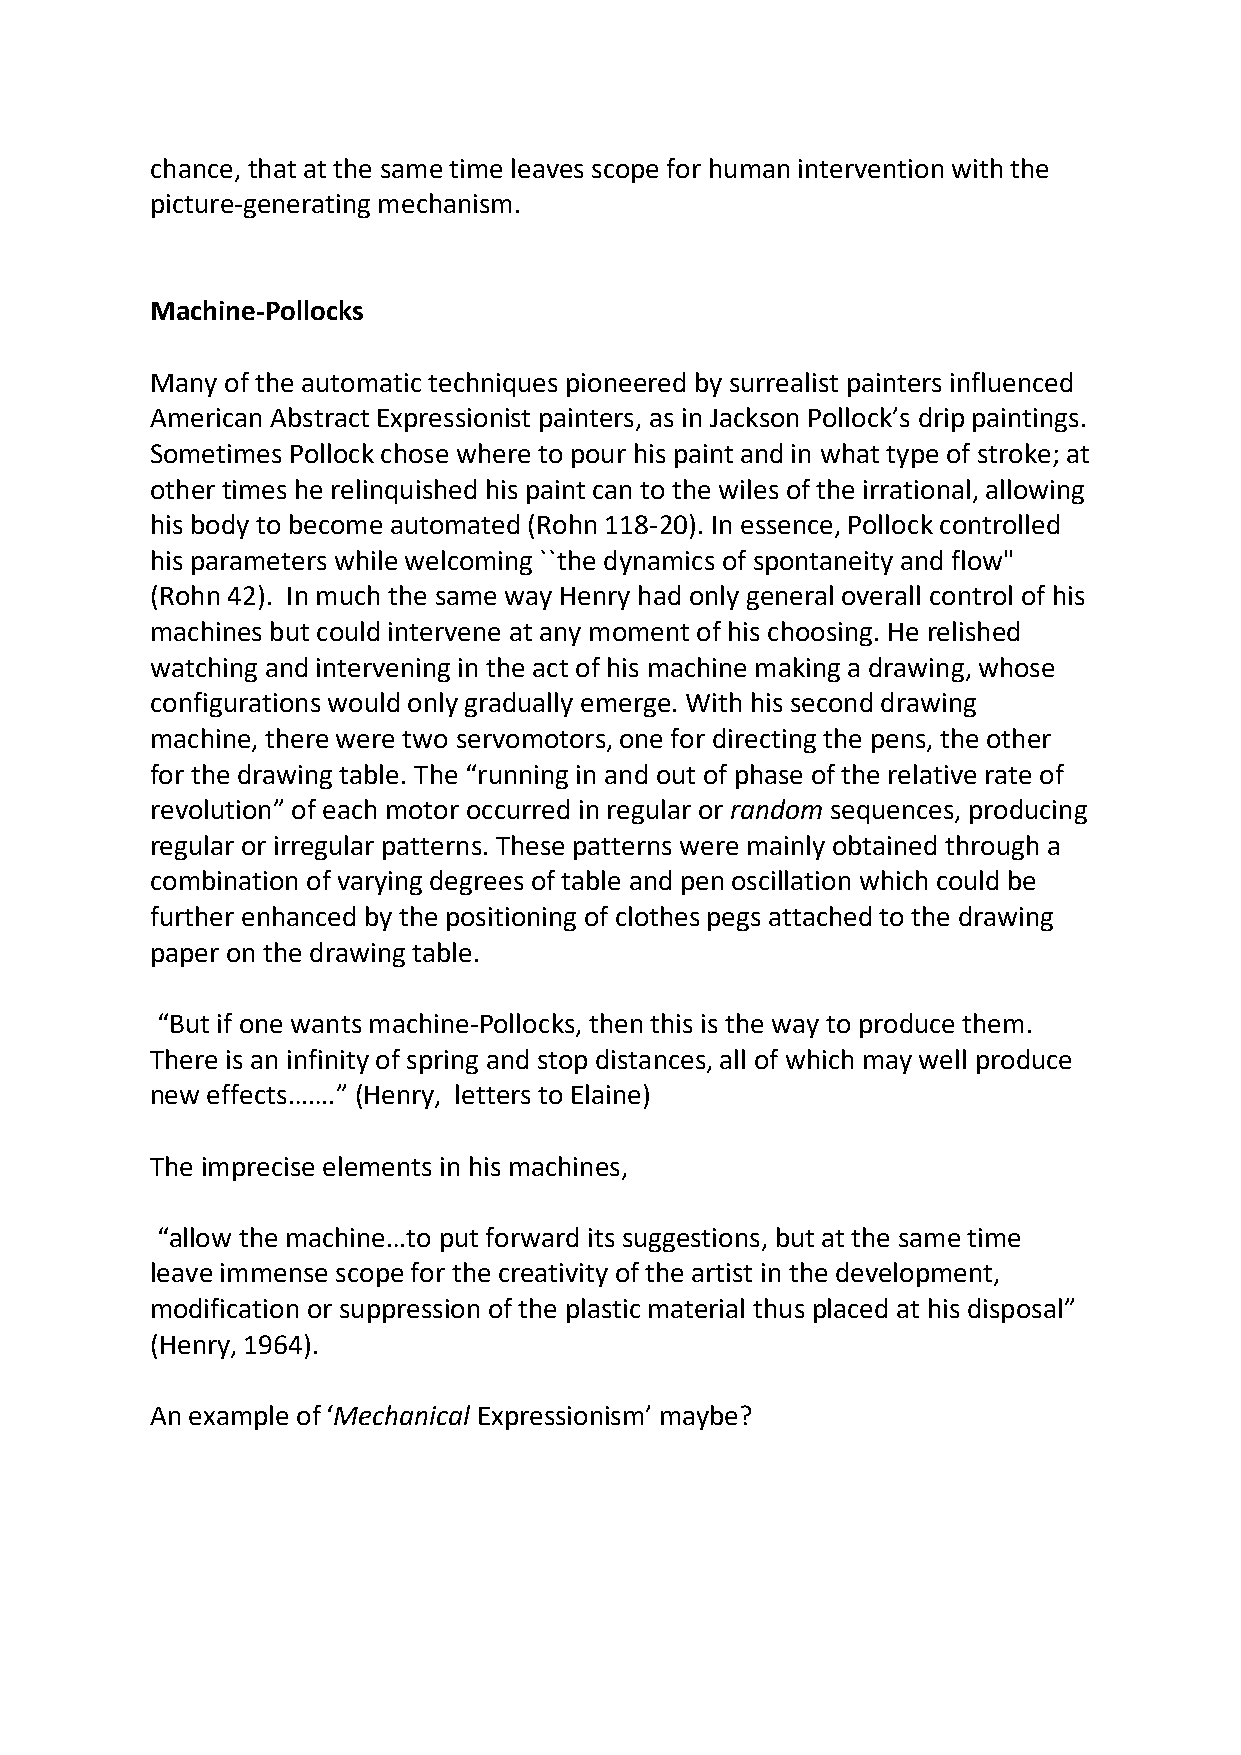
chance, that at the same time leaves scope for human intervention with the
 picture-generating mechanism.
 Machine-Pollocks
 Many of the automatic techniques pioneered by surrealist painters influenced
 American Abstract Expressionist painters, as in Jackson Pollock’s drip paintings.
 Sometimes Pollock chose where to pour his paint and in what type of stroke; at
 other times he relinquished his paint can to the wiles of the irrational, allowing
 his body to become automated (Rohn 118-20). In essence, Pollock controlled
 his parameters while welcoming ``the dynamics of spontaneity and flow"
 (Rohn 42). In much the same way Henry had only general overall control of his
 machines but could intervene at any moment of his choosing. He relished
 watching and intervening in the act of his machine making a drawing, whose
 configurations would only gradually emerge. With his second drawing
 machine, there were two servomotors, one for directing the pens, the other
 for the drawing table. The “running in and out of phase of the relative rate of
 revolution” of each motor occurred in regular or random sequences, producing
 regular or irregular patterns. These patterns were mainly obtained through a
 combination of varying degrees of table and pen oscillation which could be
 further enhanced by the positioning of clothes pegs attached to the drawing
 paper on the drawing table.
 “But if one wants machine-Pollocks, then this is the way to produce them.
 There is an infinity of spring and stop distances, all of which may well produce
 new effects…….” (Henry, letters to Elaine)
 The imprecise elements in his machines,
 “allow the machine…to put forward its suggestions, but at the same time
 leave immense scope for the creativity of the artist in the development,
 modification or suppression of the plastic material thus placed at his disposal”
 (Henry, 1964).
 An example of ‘Mechanical Expressionism’ maybe?